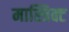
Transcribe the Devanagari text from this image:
मास्त्रिक्ट